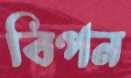
বিপন